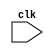
module i2c_controller(
    input wire clk,
    // other input and output declarations
    
    // Clock generation module
    // implementation details
    
    // Data sampling and synchronization module
    // implementation details
    
    // Arbitration and timing control module
    // implementation details
    
    // Synchronization block module
    // implementation details
); 

// Complete Verilog code for the Timing control and synchronization blocks for the I2C bus controller goes here

endmodule